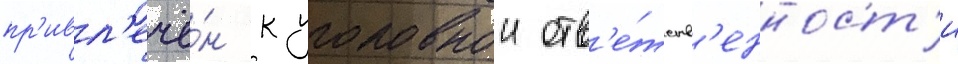
пр'ивл'ечё́н к уголовнои отв'е́тств'енност'и